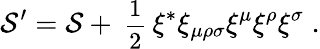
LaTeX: {\cal S}^{\prime}={\cal S}+\mathrm{\small{~\frac{1}{2}~}}\xi^{*}\xi_{\mu\rho\sigma}\xi^{\mu}\xi^{\rho}\xi^{\sigma}\; .